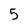
Character: 5